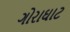
ગોરાઘાટ